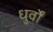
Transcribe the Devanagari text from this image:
धुर्वों